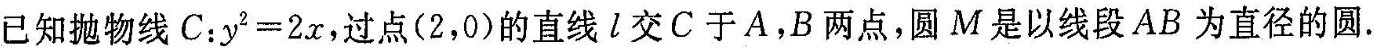
已知抛物线$$C：y2=2x$$，过点(2，0)的直线l交C于A，B两点，圆M是以线段AB为直径的圆.